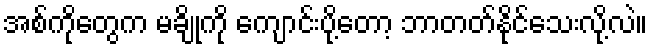
အစ်ကိုတွေက မချိုကို ကျောင်းပို့တော့ ဘာတတ်နိုင်သေးလို့လဲ။